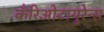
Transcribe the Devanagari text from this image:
कँरिओटायुरेन्स